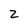
Character: 2